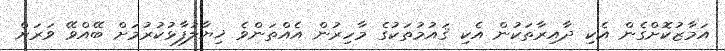
އަމާޒުކޮށްގެން އެކި ދާއިރާތަކުން އެކި ޤައުމުތަކުގެ މާހިރުން އެއްތަންވެ ޚިޔާލުފާޅުކުރުމަށް ބޭއްވޭ ވަރަށް